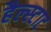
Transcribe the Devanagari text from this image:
हैल्स्टाट